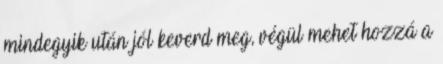
mindegyik után jól keverd meg, végül mehet hozzá a